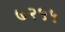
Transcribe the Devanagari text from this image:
७२५५